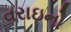
વરાઇનો